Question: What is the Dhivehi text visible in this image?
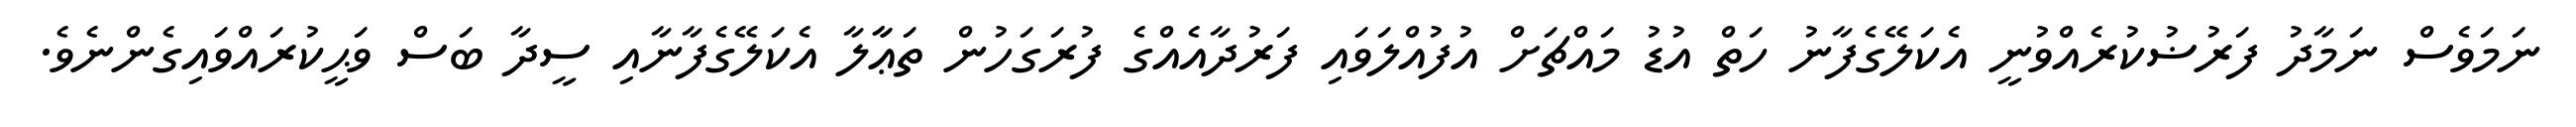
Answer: ނަމަވެސް ނަމާދު ފަރުޟުކުރެއްވުނީ އެކަލޭގެފާނު ހަތް އުޑު މައްޗަށް އުފުއްލަވައި ފަރުދާއެއްގެ ފުރަގަހުން ތަޢާާލާ އެކަލޭގެފާނާއި ސީދާ ބަސް ވަޙީކުރައްވައިގެންނެވެ.